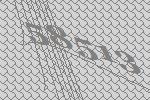
58513